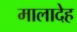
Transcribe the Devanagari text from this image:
मालादेह